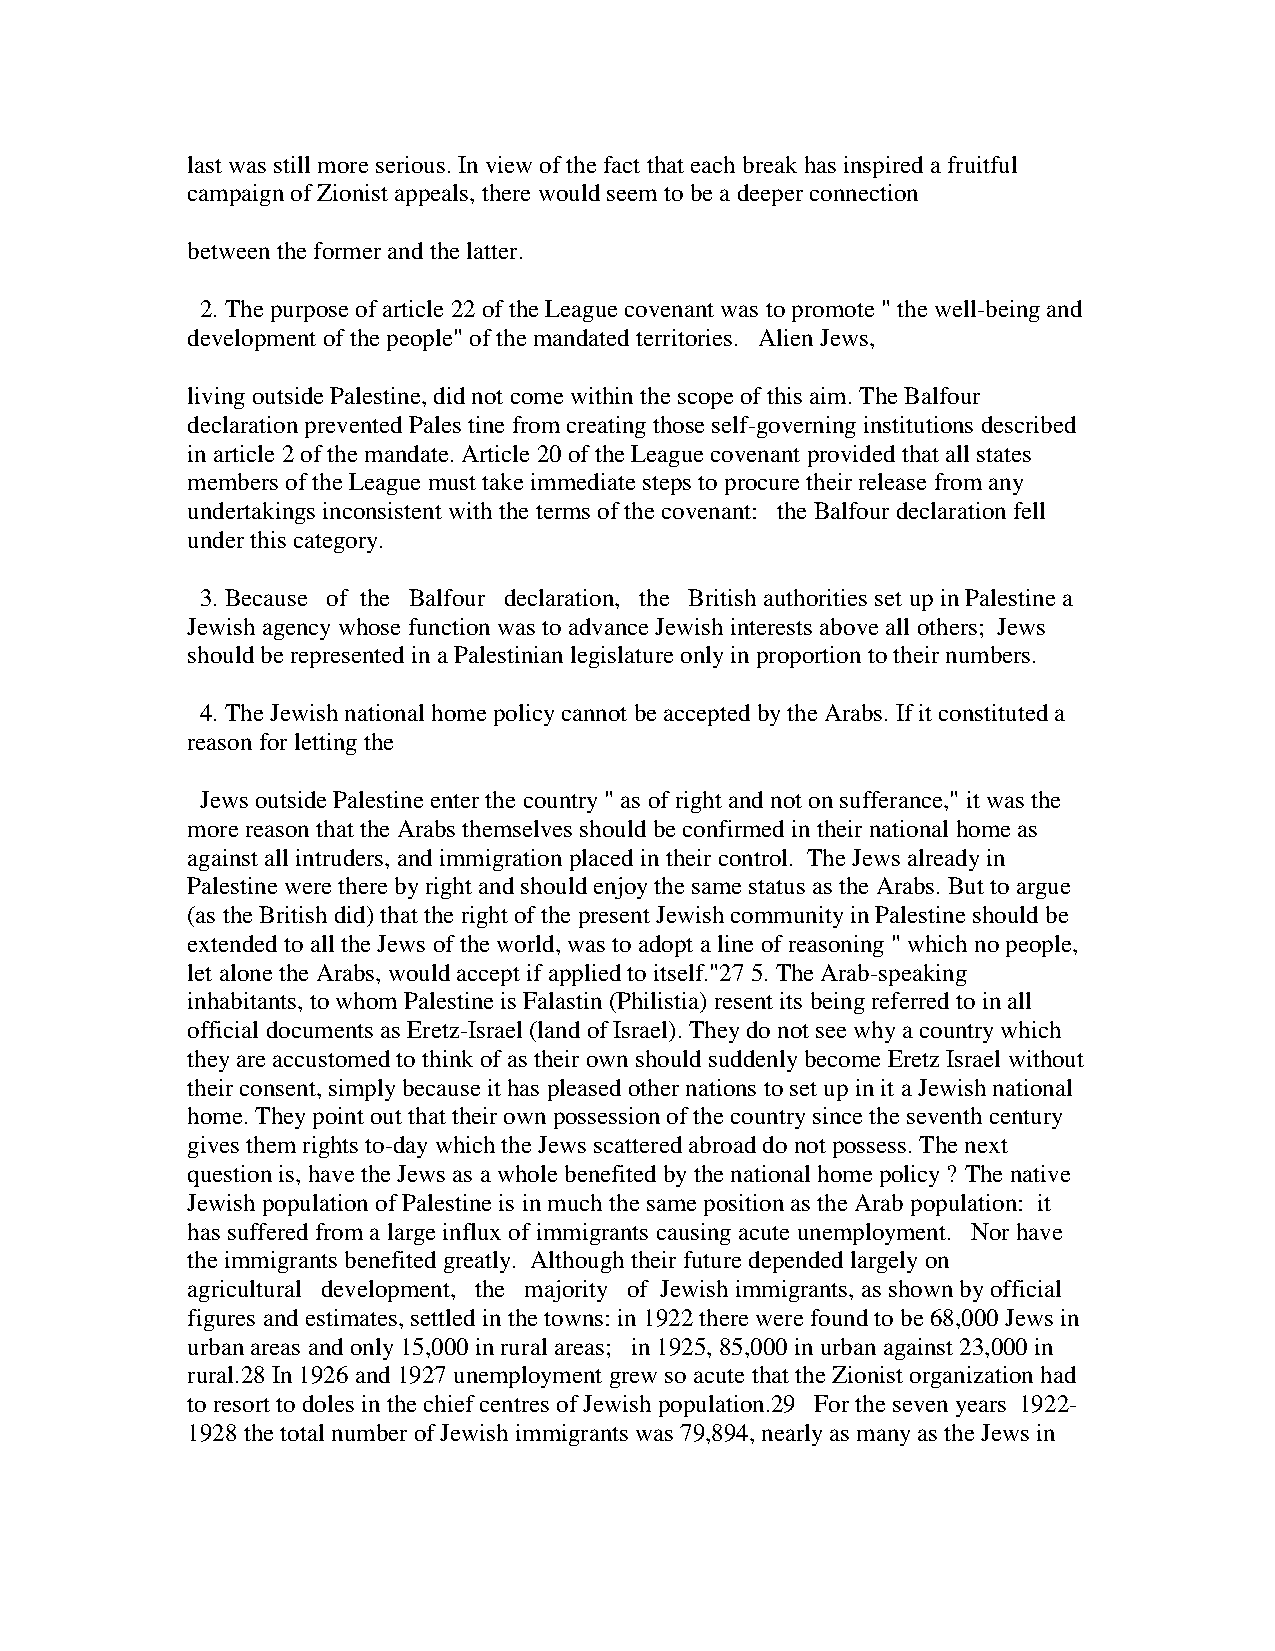
last was still more serious. In view of the fact that each break has inspired a fruitful
 campaign of Zionist appeals, there would seem to be a deeper connection
 between the former and the latter.
 2. The purpose of article 22 of the League covenant was to promote " the well-being and
 development of the people" of the mandated territories. Alien Jews,
 living outside Palestine, did not come within the scope of this aim. The Balfour
 declaration prevented Pales tine from creating those self-governing institutions described
 in article 2 of the mandate. Article 20 of the League covenant provided that all states
 members of the League must take immediate steps to procure their release from any
 undertakings inconsistent with the terms of the covenant: the Balfour declaration fell
 under this category.
 3. Because of the Balfour declaration, the British authorities set up in Palestine a
 Jewish agency whose function was to advance Jewish interests above all others; Jews
 should be represented in a Palestinian legislature only in proportion to their numbers.
 4. The Jewish national home policy cannot be accepted by the Arabs. If it constituted a
 reason for letting the
 Jews outside Palestine enter the country " as of right and not on sufferance," it was the
 more reason that the Arabs themselves should be confirmed in their national home as
 against all intruders, and immigration placed in their control. The Jews already in
 Palestine were there by right and should enjoy the same status as the Arabs. But to argue
 (as the British did) that the right of the present Jewish community in Palestine should be
 extended to all the Jews of the world, was to adopt a line of reasoning " which no people,
 let alone the Arabs, would accept if applied to itself."27 5. The Arab-speaking
 inhabitants, to whom Palestine is Falastin (Philistia) resent its being referred to in all
 official documents as Eretz-Israel (land of Israel). They do not see why a country which
 they are accustomed to think of as their own should suddenly become Eretz Israel without
 their consent, simply because it has pleased other nations to set up in it a Jewish national
 home. They point out that their own possession of the country since the seventh century
 gives them rights to-day which the Jews scattered abroad do not possess. The next
 question is, have the Jews as a whole benefited by the national home policy ? The native
 Jewish population of Palestine is in much the same position as the Arab population: it
 has suffered from a large influx of immigrants causing acute unemployment. Nor have
 the immigrants benefited greatly. Although their future depended largely on
 agricultural development, the majority of Jewish immigrants, as shown by official
 figures and estimates, settled in the towns: in 1922 there were found to be 68,000 Jews in
 urban areas and only 15,000 in rural areas; in 1925, 85,000 in urban against 23,000 in
 rural.28 In 1926 and 1927 unemployment grew so acute that the Zionist organization had
 to resort to doles in the chief centres of Jewish population.29 For the seven years 1922-
 1928 the total number of Jewish immigrants was 79,894, nearly as many as the Jews in